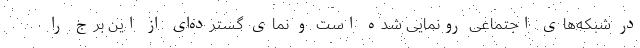
در شبکه‌های اجتماعی رونمایی شده است و نمای گسترده‌ای از این برج را